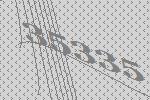
35335